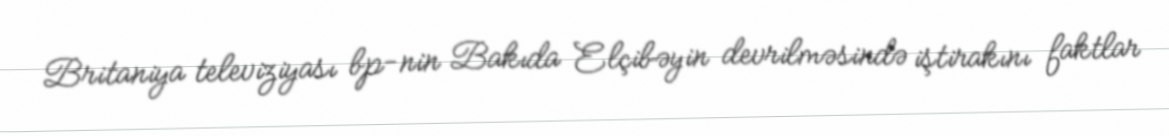
Britaniya televiziyası bp-nin Bakıda Elçibəyin devrilməsində iştirakını faktlar